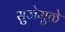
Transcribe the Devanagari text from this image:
सुजेमुळे